Vaccination Hyderabad 1872-1889 - 1872-1889
Year: 1872
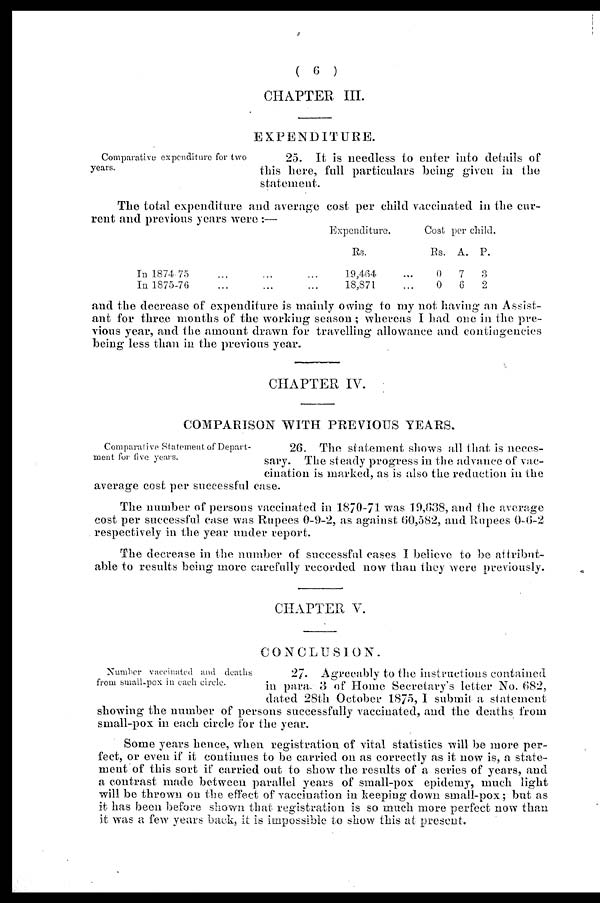
( 6 )
CHAPTER III.
EXPENDITURE.
Comparative expenditure for two
years.
25. It is needless to enter into details of
this here, full particulars being given in the
statement.
The total expenditure and average cost per child vaccinated in the cur-
rent and previous years were ;—
In 1874-75 ... ... ...
In 1875-76 ... ... ...
Expenditure.
Rs.
19,464 ...
18,871 ...
Cost per child.
Rs.
0
0
A.
7
6
P.
3
2
and the decrease of expenditure is mainly owing to my not having an Assist-
ant for three months of the working season ; whereas I had one in the pre-
vious year, and the amount drawn for travelling allowance and contingencies
being less than in the previous year.
CHAPTER IV.
COMPARISON WITH PREVIOUS YEARS.
Comparative Statement of Depart-
ment for five years.
26. The statement shows all that is neces-
sary. The steady progress in the advance of vac-
cination is marked, as is also the reduction in the
average cost per successful case.
The number of persons vaccinated in 1870-71 was 19,638, and the average
cost per successful case was Rupees 0-9-2, as against 60,582, and Rupees 0-6-2
respectively in the year under report.
The decrease in the number of successful cases I believe to be attribut-
able to results being more carefully recorded now than they were previously.
CHAPTER V.
CONCLUSION.
Number vaccinated and deaths
from small-pox in each circle.
27. Agreeably to the instructions contained
in para. 3 of Home Secretary's letter No. 682,
dated 28th October 1875, I submit a statement
showing the number of persons successfully vaccinated, and the deaths from
small-pox in each circle for the year.
Some years hence, when registration of vital statistics will be more per-
fect, or even if it continues to be carried on as correctly as it now is, a state-
ment of this sort if carried out to show the results of a series of years, and
a contrast made between parallel years of small-pox epidemy, much light
will be thrown on the effect of vaccination in keeping down small-pox; but as
it has been before shown that registration is so much more perfect now than
it was a few years back, it is impossible to show this at present.